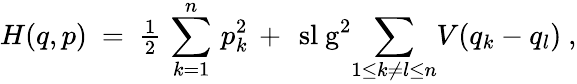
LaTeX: H(q,p)~=~{\textstyle{\frac{1}{2}}}\, \sum_{k=1}^{n}\, p_{k}^{2}\, +\, \mathrm{\ sl~g}^{2}\! \sum_{1\leq k\neq l\leq n}\! V(q_{k}-q_{l})~,